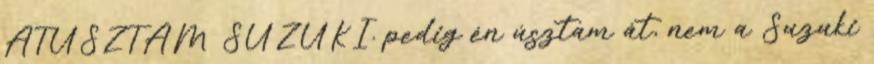
ÁTÚSZTAM SUZUKI. pedig én úsztam át, nem a Suzuki